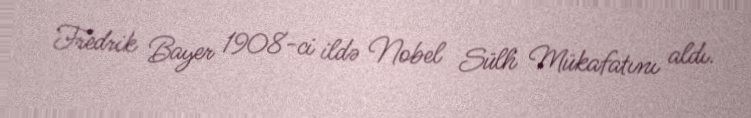
Fredrik Bayer 1908-ci ildə Nobel Sülh Mükafatını aldı.